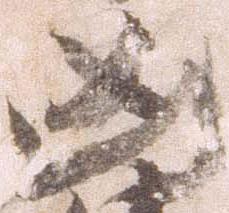
凶